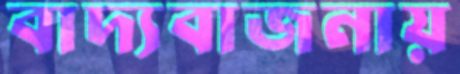
বাদ্যবাজনায়